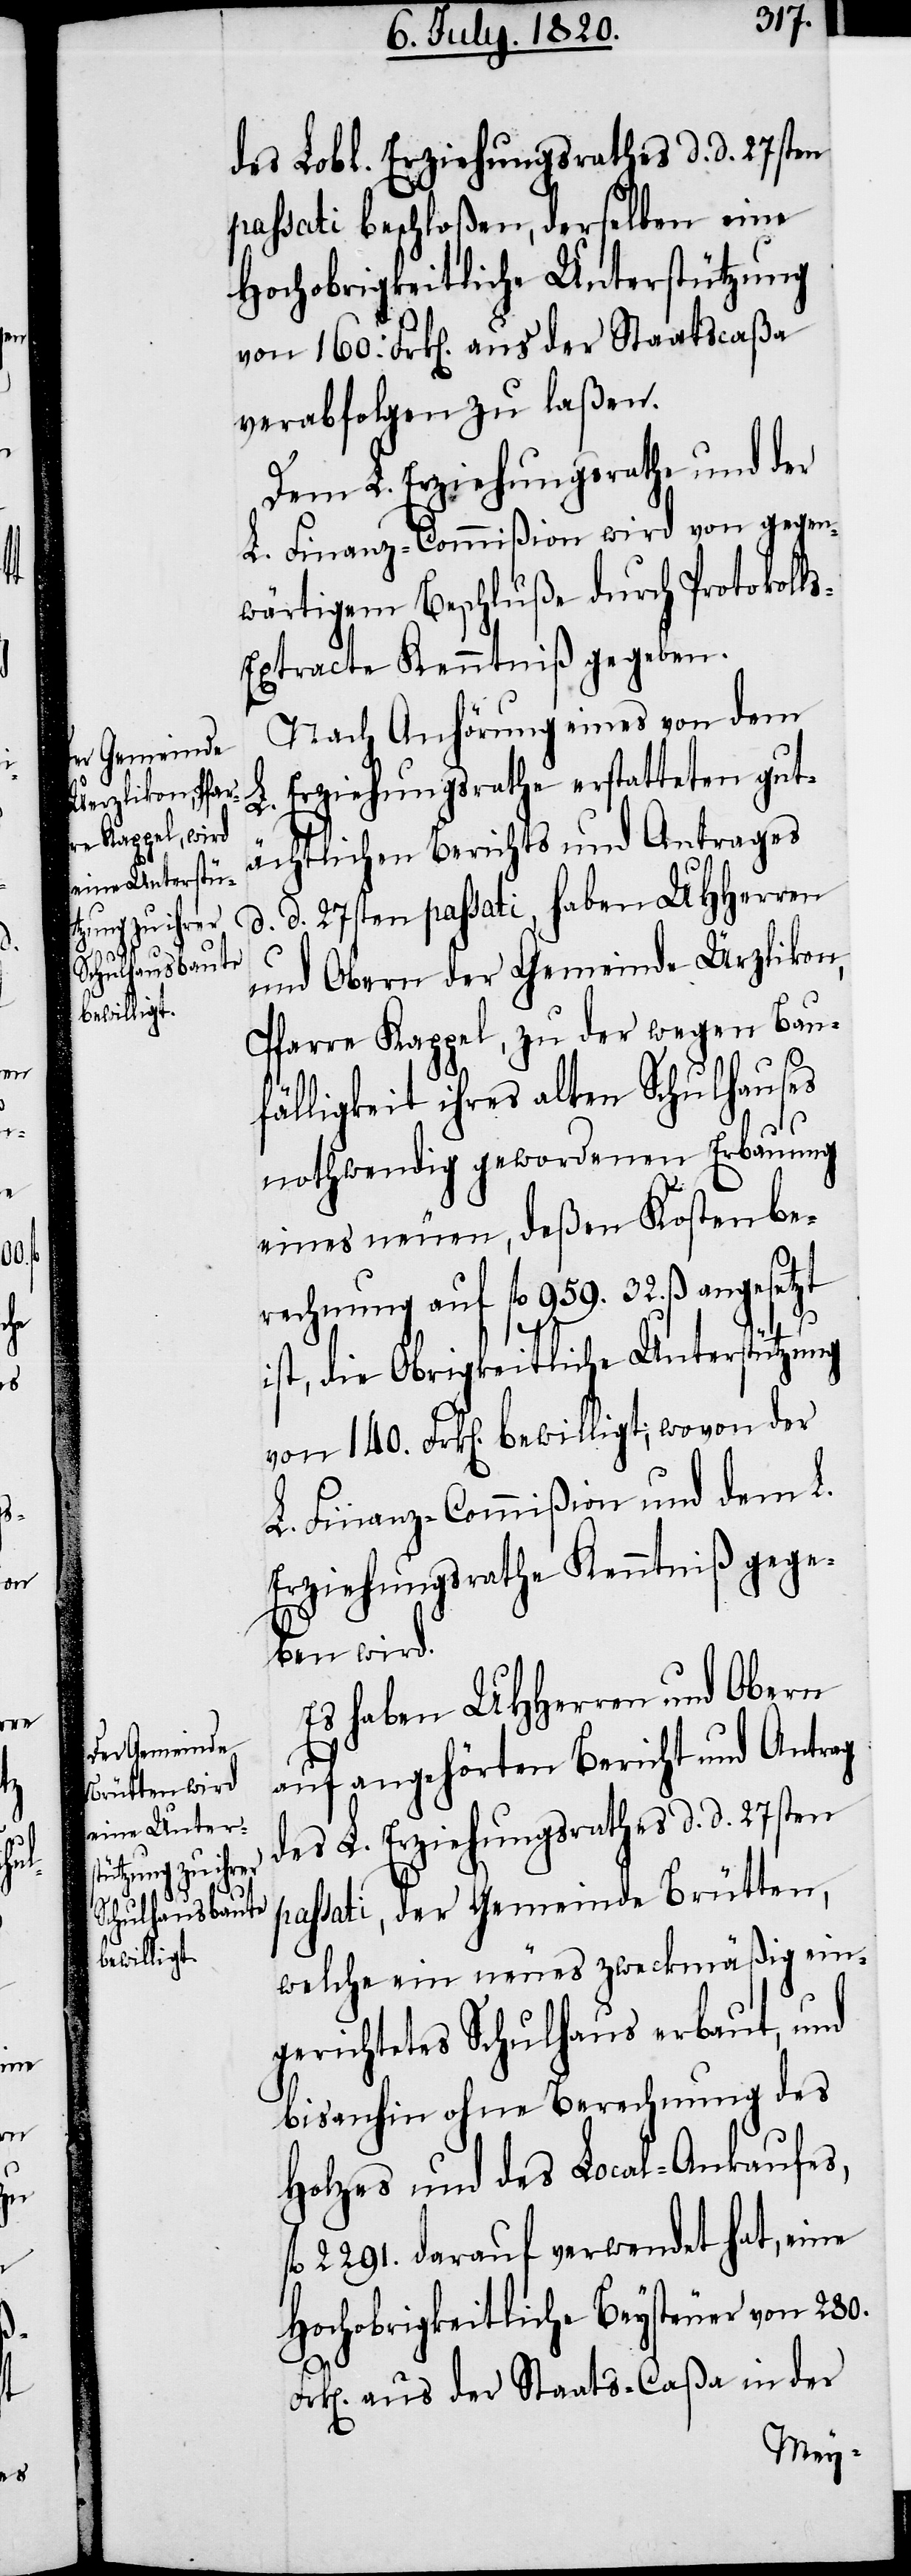
Fr¬

des Lobl. Erziehungsrathes d. d. 27sten
passati beschloßen, derselben eine
Hochobrigkeitliche Unterstützung
von 160. Frk[en]. aus der Staatscaßa
verabfolgen zu laßen.
Dem L. Erziehungsrathe und der
L. Finanz-Commißion wird von gegen¬
wärtigem Beschluße durch Protokoll¬
s-Extracte Kenntniß gegeben.
Nach Anhörung eines von dem
L. Erziehungsrathe erstatteten gut¬
ächtlichen Berichts und Antrages
d. d. 27sten passati, haben UHHerren
und Obern der Gemeinde Ürzlikon,
Pfarre Kappel, zu der wegen Bauf¬
älligkeit ihres alten Schulhauses
nothwendig gewordenen Erbauung
eines neuen, deßen Kostenbe¬
rechnung auf fl 959. 32. ß. angesetzt
ist, die Obrigkeitliche Unterstützung
von 140. Frk[en]. bewilligt; wovon der
L. Finanz-Commißion und dem L.
Erziehungsrathe Kenntniß gege¬
ben wird.
Es haben UHherren und Obern
auf angehörten Bericht und Antrag
des L. Erziehungsrathes d. d. 27sten
passati, der Gemeinde Brütten,
welche ein neues zweckmäßig ein¬
gerichtetes Schulhaus erbaut, und
bis anhin ohne Berechnung des
Holzes und des Local-Ankaufes,
fl 2291. darauf verwendet hat, eine
Hochobrigkeitliche Beysteuer von 280.
k[en]. aus der Staats-Caßa in der